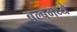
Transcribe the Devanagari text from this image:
बल्बमध्ये